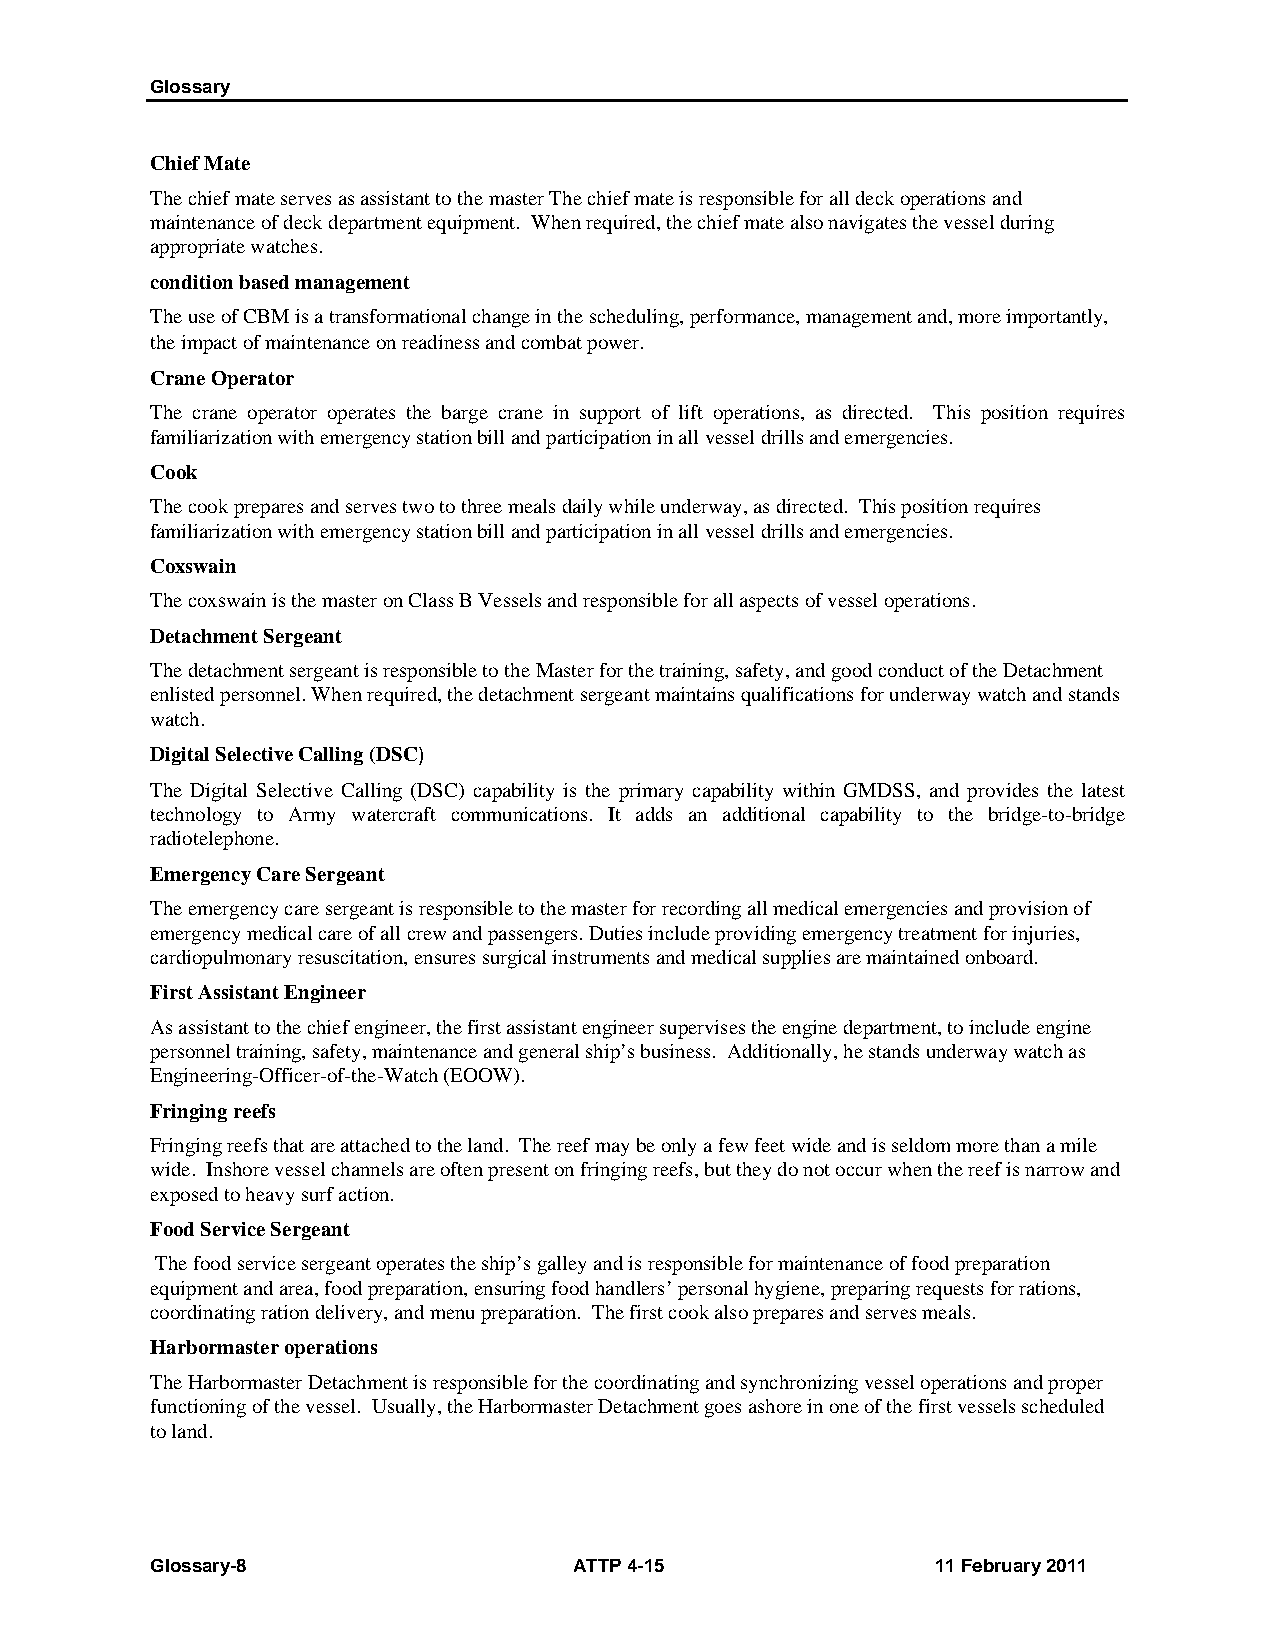
Glossary
 Chief Mate
 The chief mate serves as assistant to the master The chief mate is responsible for all deck operations and
 maintenance of deck department equipment. When required, the chief mate also navigates the vessel during
 appropriate watches.
 condition based management
 The use of CBM is a transformational change in the scheduling, performance, management and, more importantly,
 the impact of maintenance on readiness and combat power.
 Crane Operator
 The crane operator operates the barge crane in support of lift operations, as directed. This position requires
 familiarization with emergency station bill and participation in all vessel drills and emergencies.
 Cook
 The cook prepares and serves two to three meals daily while underway, as directed. This position requires
 familiarization with emergency station bill and participation in all vessel drills and emergencies.
 Coxswain
 The coxswain is the master on Class B Vessels and responsible for all aspects of vessel operations.
 Detachment Sergeant
 The detachment sergeant is responsible to the Master for the training, safety, and good conduct of the Detachment
 enlisted personnel. When required, the detachment sergeant maintains qualifications for underway watch and stands
 watch.
 Digital Selective Calling (DSC)
 The Digital Selective Calling (DSC) capability is the primary capability within GMDSS, and provides the latest
 technology to Army watercraft communications. It adds an additional capability to the bridge-to-bridge
 radiotelephone.
 Emergency Care Sergeant
 The emergency care sergeant is responsible to the master for recording all medical emergencies and provision of
 emergency medical care of all crew and passengers. Duties include providing emergency treatment for injuries,
 cardiopulmonary resuscitation, ensures surgical instruments and medical supplies are maintained onboard.
 First Assistant Engineer
 As assistant to the chief engineer, the first assistant engineer supervises the engine department, to include engine
 personnel training, safety, maintenance and general ship’s business. Additionally, he stands underway watch as
 Engineering-Officer-of-the-Watch (EOOW).
 Fringing reefs
 Fringing reefs that are attached to the land. The reef may be only a few feet wide and is seldom more than a mile
 wide. Inshore vessel channels are often present on fringing reefs, but they do not occur when the reef is narrow and
 exposed to heavy surf action.
 Food Service Sergeant
 The food service sergeant operates the ship’s galley and is responsible for maintenance of food preparation
 equipment and area, food preparation, ensuring food handlers’ personal hygiene, preparing requests for rations,
 coordinating ration delivery, and menu preparation. The first cook also prepares and serves meals.
 Harbormaster operations
 The Harbormaster Detachment is responsible for the coordinating and synchronizing vessel operations and proper
 functioning of the vessel. Usually, the Harbormaster Detachment goes ashore in one of the first vessels scheduled
 to land.
 Glossary-8                  ATTP 4-15               11 February 2011